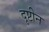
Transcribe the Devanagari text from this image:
दृष्टीन